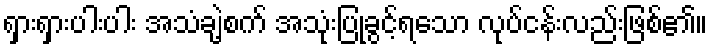
ရှားရှားပါးပါး အသံချဲ့စက် အသုံးပြုခွင့်ရသော လုပ်ငန်းလည်းဖြစ်၏။